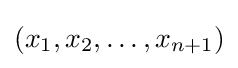
(x_{1},x_{2},\ldots ,x_{n+1})